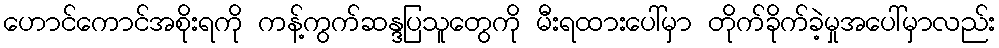
ဟောင်ကောင်အစိုးရကို ကန့်ကွက်ဆန္ဒပြသူတွေကို မီးရထားပေါ်မှာ တိုက်ခိုက်ခဲ့မှုအပေါ်မှာလည်း